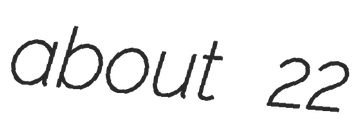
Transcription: about 22